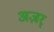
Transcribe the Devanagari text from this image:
अज़र्